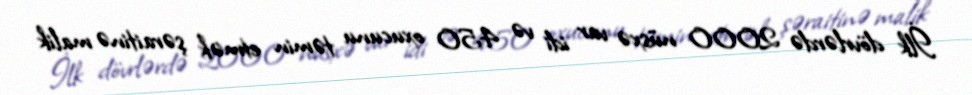
İlk dövrlərdə 2000 nüsxə var idi və 450 oxucunu təmin etmək şəraitinə malik